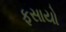
ફસાયો